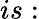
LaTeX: is: